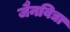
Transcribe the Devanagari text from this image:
जैनविद्या